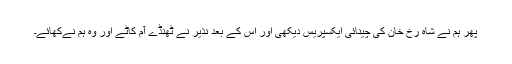
پھر ہم نے شاہ رخ خان کی چینائی ایکسپریس دیکھی اور اس کے بعد نذیر نے ٹھنڈے آم کاٹے اور وہ ہم نےکھائے۔